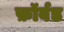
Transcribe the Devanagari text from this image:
फ़ॉर्वड